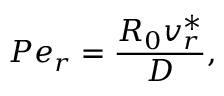
P e _ { r } = \frac { R _ { 0 } v _ { r } ^ { * } } { D } ,